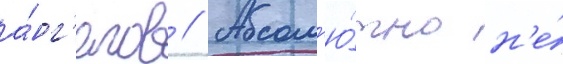
а́нг'елов // Абсол'ю́тно н'е́